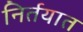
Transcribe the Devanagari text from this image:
निर्तयात